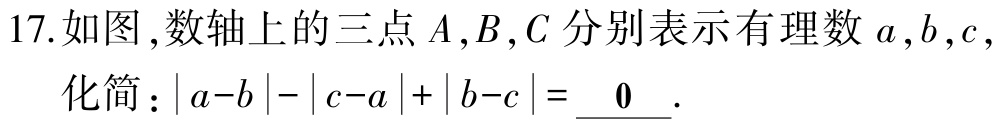
17.如图,数轴上的三点\(A,B,C\)分别表示有理数\(a,b,c\)，
化简：\(\vert a - b\vert-\vert c - a\vert+\vert b - c\vert = \underline{0}\).